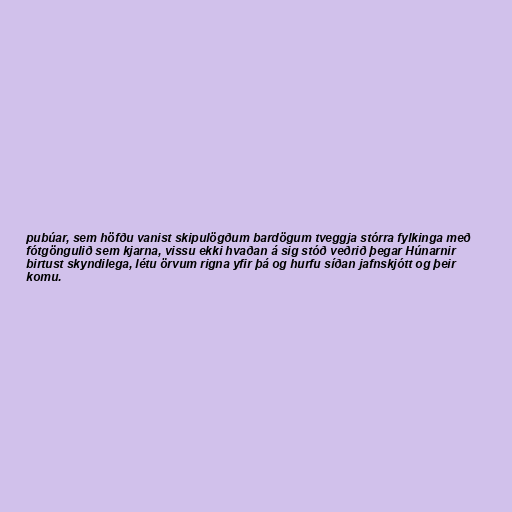
pubúar, sem höfðu vanist skipulögðum bardögum tveggja stórra fylkinga með
fótgöngulið sem kjarna, vissu ekki hvaðan á sig stóð veðrið þegar Húnarnir
birtust skyndilega, létu örvum rigna yfir þá og hurfu síðan jafnskjótt og þeir
komu.